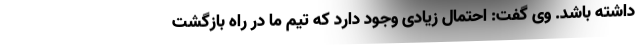
داشته باشد. وی گفت: احتمال زیادی وجود دارد که تیم ما در راه بازگشت